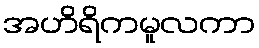
အဟိရိကမူလကာ